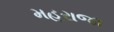
મહરાજા